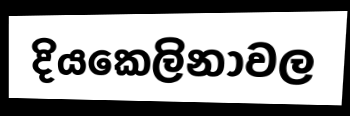
දියකෙලිනාවල